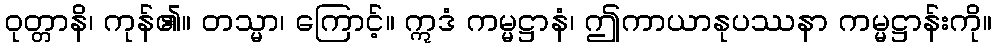
ဝုတ္တာနိ၊ ကုန်၏။ တသ္မာ၊ ကြောင့်။ ဣဒံ ကမ္မဋ္ဌာနံ၊ ဤကာယာနုပဿနာ ကမ္မဋ္ဌာန်းကို။